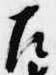
左